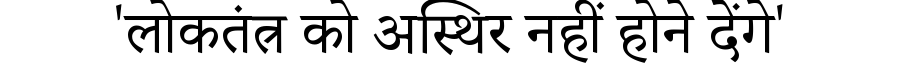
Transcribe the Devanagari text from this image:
'लोकतंत्र को अस्थिर नहीं होने देंगे'